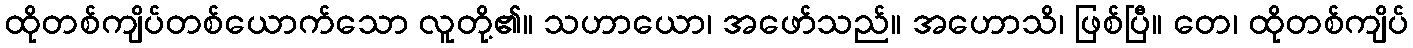
ထိုတစ်ကျိပ်တစ်ယောက်သော လူတို့၏။ သဟာယော၊ အဖော်သည်။ အဟောသိ၊ ဖြစ်ပြီ။ တေ၊ ထိုတစ်ကျိပ်